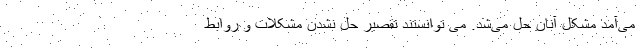
می‌آمد مشکل آنان حل می‌شد. می توانستند تقصیر حل نشدن مشکلات و روابط